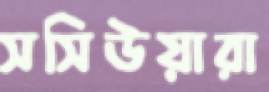
সসিউয়ারা